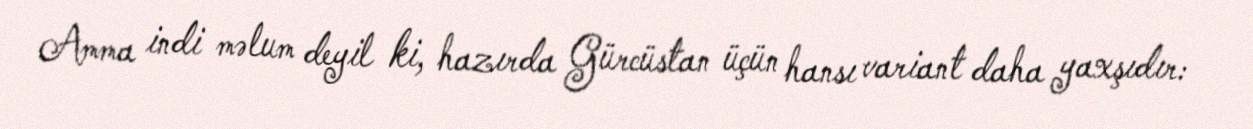
Amma indi məlum deyil ki, hazırda Gürcüstan üçün hansı variant daha yaxşıdır: